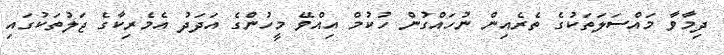
ދިމާވާ މައްސަލަތަކުގެ ތެރެއިން ނުހައްގުން ހުކުމް އިއްވޭ މީހުންގެ އަދަދު އެމެރިކާގެ ޖަލުތަކުގައި